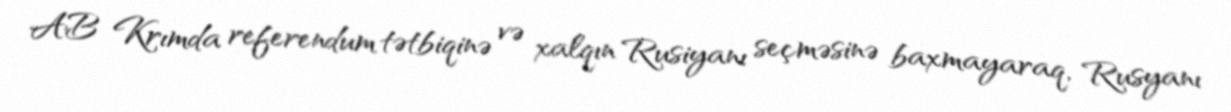
AB Krımda referendum tətbiqinə və xalqın Rusiyanı seçməsinə baxmayaraq, Rusyanı